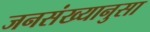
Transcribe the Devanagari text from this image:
जनसंख्यानुसा